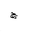
Letter: _gim